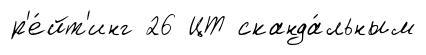
р'е́йт'инг 26 ЦТ сканда́льным